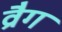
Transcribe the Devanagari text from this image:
व्रैग